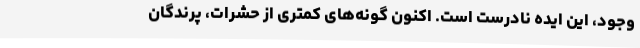
وجود، این ایده نادرست است. اکنون گونه‌های کمتری از حشرات، پرندگان